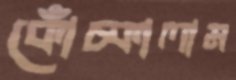
কোঁচ্‌কালাম